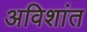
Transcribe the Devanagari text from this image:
अविशांत